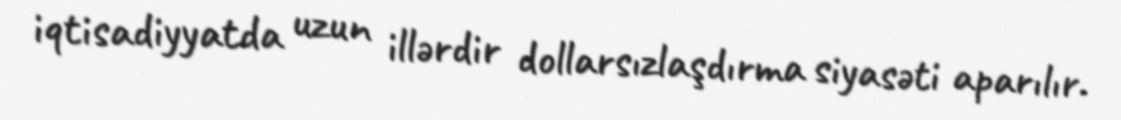
iqtisadiyyatda uzun illərdir dollarsızlaşdırma siyasəti aparılır.